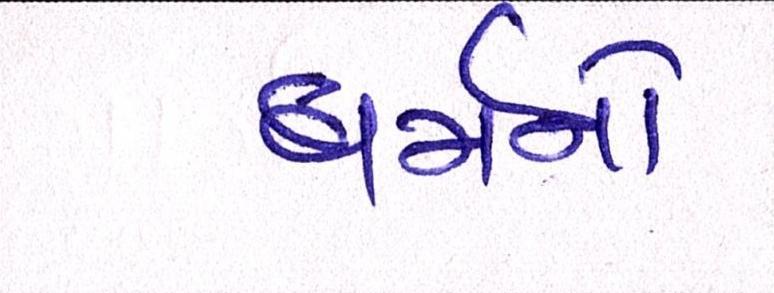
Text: ધર્મનો